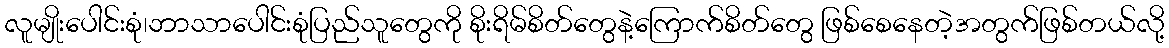
လူမျိုးပေါင်းစုံ၊ဘာသာပေါင်းစုံပြည်သူတွေကို စိုးရိမ်စိတ်တွေနဲ့ကြောက်စိတ်တွေ ဖြစ်စေနေတဲ့အတွက်ဖြစ်တယ်လို့